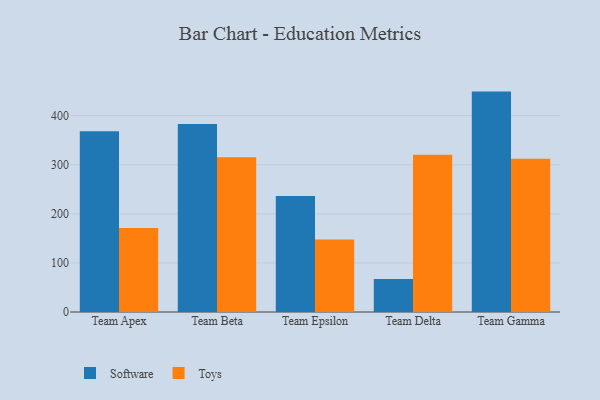
{"axis": {"x": "Team", "y": "Page Views"}, "legend": ["Software", "Toys"], "data": [{"x": "Team Apex", "y": 368.1, "type": "Software"}, {"x": "Team Apex", "y": 171.3, "type": "Toys"}, {"x": "Team Beta", "y": 383.1, "type": "Software"}, {"x": "Team Beta", "y": 315.2, "type": "Toys"}, {"x": "Team Epsilon", "y": 236.1, "type": "Software"}, {"x": "Team Epsilon", "y": 147.5, "type": "Toys"}, {"x": "Team Delta", "y": 67.2, "type": "Software"}, {"x": "Team Delta", "y": 320.5, "type": "Toys"}, {"x": "Team Gamma", "y": 449.0, "type": "Software"}, {"x": "Team Gamma", "y": 312.1, "type": "Toys"}]}